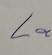
Signature authenticity: genuine